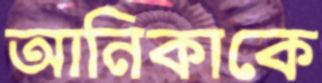
আনিকাকে